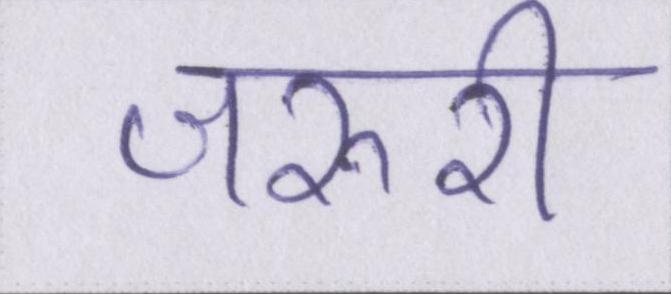
जरुरी